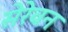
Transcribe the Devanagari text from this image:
सेरेवन